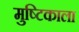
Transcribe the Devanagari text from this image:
मुष्टिकाला